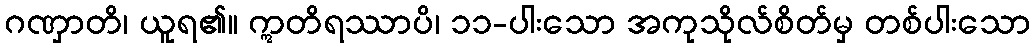
ဂဏှာတိ၊ ယူရ၏။ ဣတိရဿာပိ၊ ၁၁-ပါးသော အကုသိုလ်စိတ်မှ တစ်ပါးသော